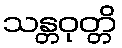
သန္တဝုတ္တိ